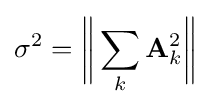
\sigma ^{2}={\bigg \Vert }\sum _{k}\mathbf {A} _{k}^{2}{\bigg \Vert }